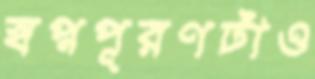
স্বপ্নপূরণটাও